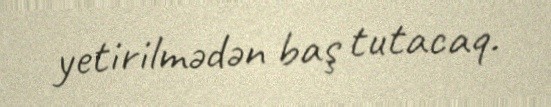
yetirilmədən baş tutacaq.